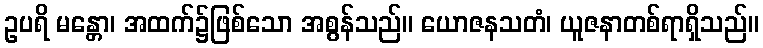
ဥပရိ မန္တော၊ အထက်၌ဖြစ်သော အစွန်သည်။ ယောဇနသတံ၊ ယူဇနာတစ်ရာရှိသည်။